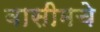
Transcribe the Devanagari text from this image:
वासीमचे